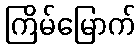
ကြိမ်မြောက်